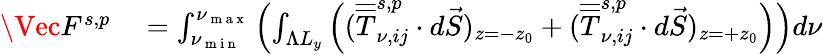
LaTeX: \begin{array}{rl}{\Vec{F}^{s,p}}&{{}=\int_{\nu_{\mathrm{~m~i~n~}}}^{\nu_{\mathrm{~m~a~x~}}}\left(\int_{\Lambda L_{y}}\left((\overline{{\overline{{T}}}}_{\nu,ij}^{s,p}\cdot d\vec{S})_{z=-z_{0}}+(\overline{{\overline{{T}}}}_{\nu,ij}^{s,p}\cdot d\vec{S})_{z=+z_{0}}\right)\right)d\nu}\end{array}